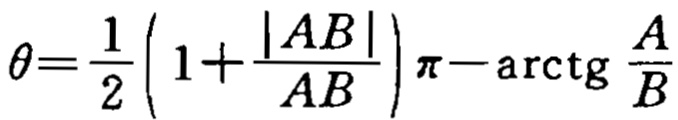
\(\theta=\frac{1}{2}\left(1+\frac{|AB|}{AB}\right)\pi-\operatorname{arctg}\frac{A}{B}\)